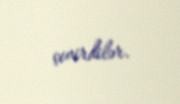
çevirdilər.